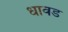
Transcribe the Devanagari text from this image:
धावड